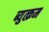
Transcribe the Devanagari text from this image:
ब्युत्क्रम